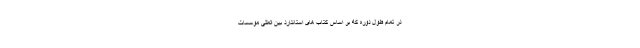
در تمام طول دوره که بر اساس کتاب های استاندارد بین المللی موسسات